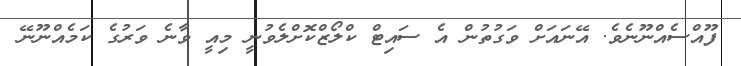
ފޫއްސެއްނޫނެވެ. އޭނައަށް ވަގުތުން އެ ސައިޓް ކްލޯޒްކޮށްލެވުނީ މިއީ ވާނެ ވަރުގެ ކަމެއްނޫނޭ